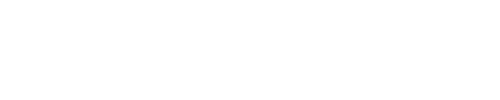
\fbox { J _ { a } ^ { i } L _ { i } { } ^ { k } ( f ) = O _ { a } { } ^ { b } ( f ) J _ { b } ^ { k } } ,